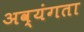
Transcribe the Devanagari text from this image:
अव्यंगता